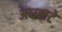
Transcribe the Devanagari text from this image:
अधवाटे